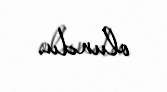
olundu.